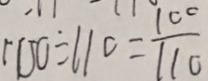
1 0 0 \div 1 1 0 = \frac { 1 0 0 } { 1 1 0 }